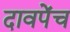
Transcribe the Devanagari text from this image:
दावपेंच